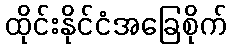
ထိုင်းနိုင်ငံအခြေစိုက်